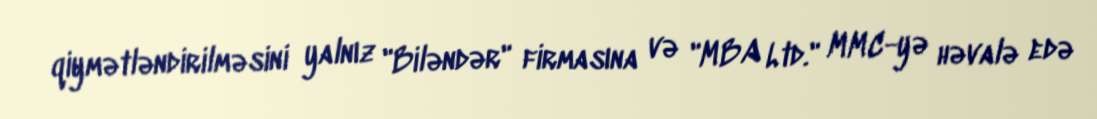
qiymətləndirilməsini yalnız "Biləndər" firmasına və "MBA Ltd." MMC-yə həvalə edə